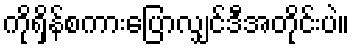
ကိုရှိန်စကားပြောလျှင်ဒီအတိုင်းပဲ။